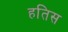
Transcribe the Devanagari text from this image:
हतिस